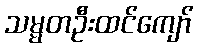
သမ္မတဦးထင်ကျော်